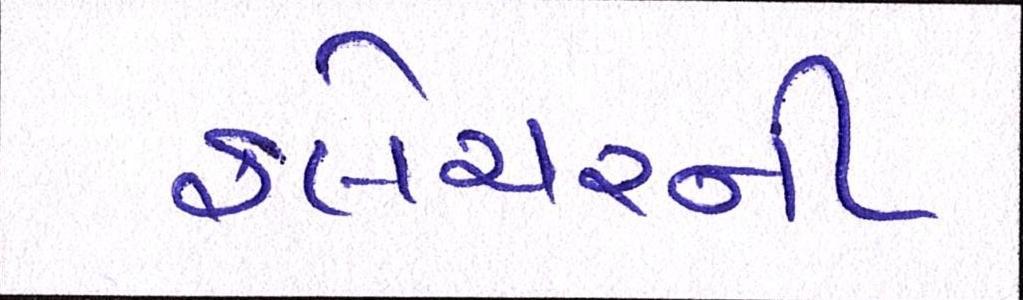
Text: ફ્લેચરની